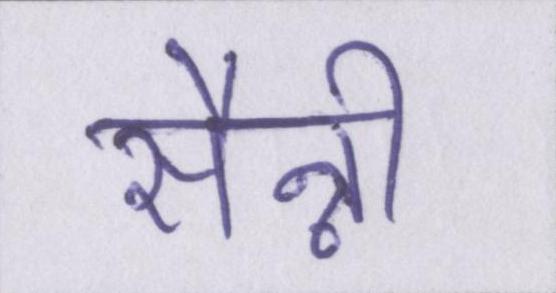
सैन्नी